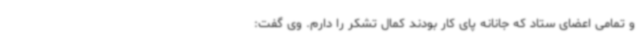
و تمامی اعضای ستاد که جانانه پای کار بودند کمال تشکر را دارم. وی گفت: